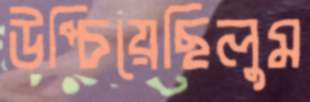
উপ্‌চিয়েছিলুম